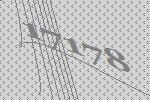
17178